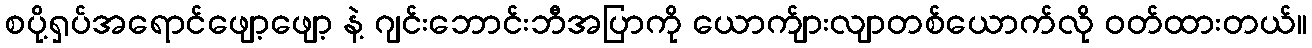
စပို့ရှပ်အရောင်ဖျော့ဖျော့ နဲ့ ဂျင်းဘောင်းဘီအပြာကို ယောက်ျားလျာတစ်ယောက်လို ဝတ်ထားတယ်။